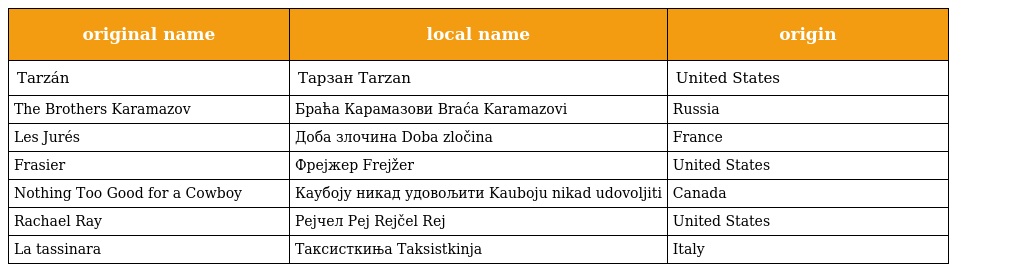
| original name | local name | origin |
 | --- | --- | --- |
 | Tarzán | Тарзан Tarzan | United States |
 | The Brothers Karamazov | Браћа Карамазови Braća Karamazovi | Russia |
 | Les Jurés | Доба злочина Doba zločina | France |
 | Frasier | Фрејжер Frejžer | United States |
 | Nothing Too Good for a Cowboy | Каубоју никад удовољити Kauboju nikad udovoljiti | Canada |
 | Rachael Ray | Рејчел Реј Rejčel Rej | United States |
 | La tassinara | Таксисткиња Taksistkinja | Italy |